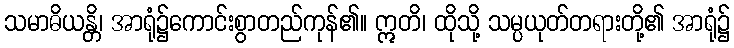
သမာဓိယန္တိ၊ အာရုံ၌ကောင်းစွာတည်ကုန်၏။ ဣတိ၊ ထိုသို့ သမ္ပယုတ်တရားတို့၏ အာရုံ၌